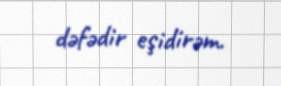
dəfədir eşidirəm.